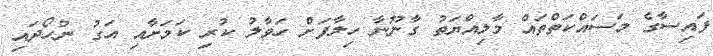
ފައިސާގެ މަސައްކަތްތައް މާލިއްޔަތު ގާނޫނާ ހިލާފަށް ހަވާލު ކުރި ކަމަށާއި އަގު ނުހޯދައި